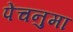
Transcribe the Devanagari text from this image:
पेंचनुमा